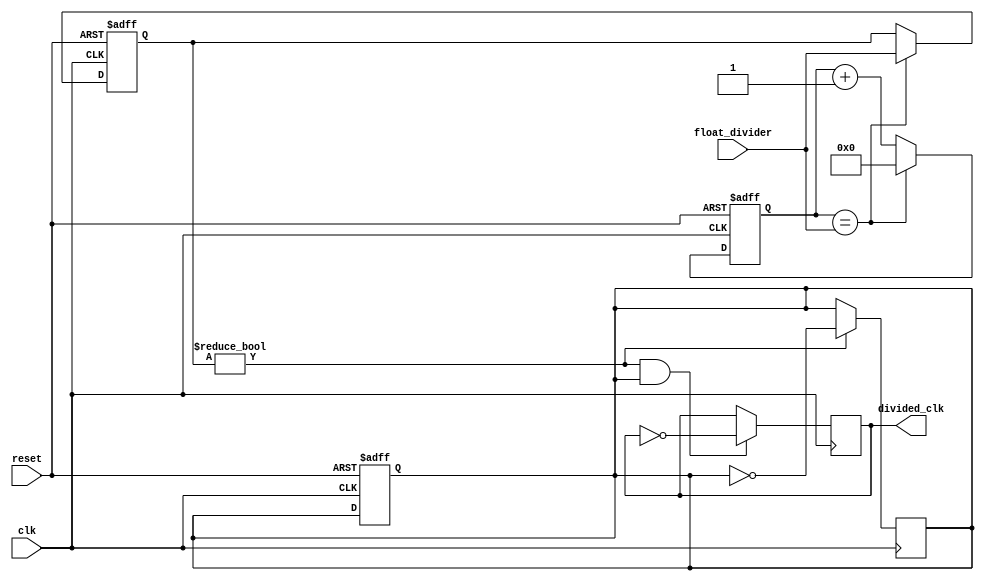
module floating_point_clock_divider (
input clk,
input reset,
input [31:0] float_divider,
output reg divided_clk
);
reg [31:0] counter;
reg [31:0] divider_val;
reg sync_clk;

always @(posedge clk or posedge reset) begin
if (reset) begin
counter <= 0;
divider_val <= 0;
sync_clk <= 1'b0;
end else begin
counter <= counter + 1;
if (counter == float_divider) begin
counter <= 0;
divider_val <= float_divider;
end
end
end

always @(posedge clk) begin
if (divider_val != 0 && sync_clk) begin
divided_clk <= ~divided_clk;
end
end

always @(posedge clk) begin
if (divider_val != 0) begin
sync_clk <= ~sync_clk;
end
end

endmodule